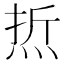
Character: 焎